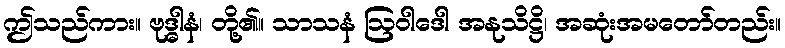
ဤသည်ကား။ ဗုဒ္ဓါနံ၊ တို့၏။ သာသနံ ဩဝါဒေါ အနုသိဋ္ဌိ၊ အဆုံးအမတော်တည်း။